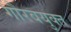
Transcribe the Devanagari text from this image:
गौरवयुक्त